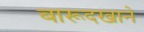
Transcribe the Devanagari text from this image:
बारूदखाने